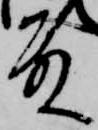
殿